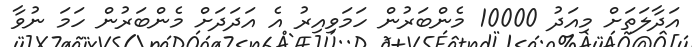
އަދާލަތަށް މިއަދު 10000 މެންބަރުން ހަމަވިއިރު އެ އަދަދަށް މެންބަރުން ހަމަ ނުވާ